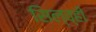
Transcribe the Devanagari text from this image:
सिल्व्ही